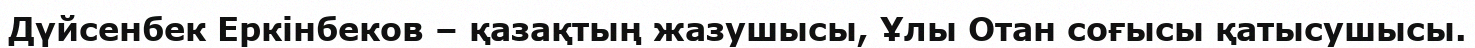
Дүйсенбек Еркінбеков – қазақтың жазушысы, Ұлы Отан соғысы қатысушысы.